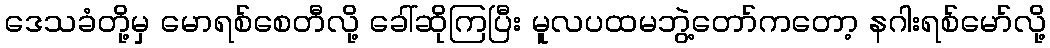
ဒေသခံတို့မှ မောရစ်စေတီလို့ ခေါ်ဆိုကြပြီး မူလပထမဘွဲ့တော်ကတော့ နဂါးရစ်မော်လို့